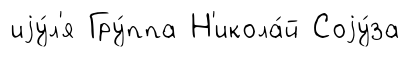
иjу́л'я Гру́ппа Н'икола́й Соjу́за